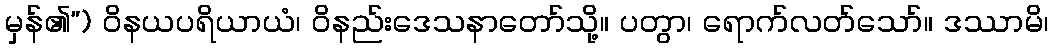
မှန်၏”) ဝိနယပရိယာယံ၊ ဝိနည်းဒေသနာတော်သို့။ ပတွာ၊ ရောက်လတ်သော်။ ဒဿာမိ၊